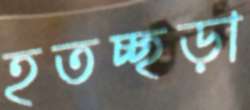
হতচ্ছড়া